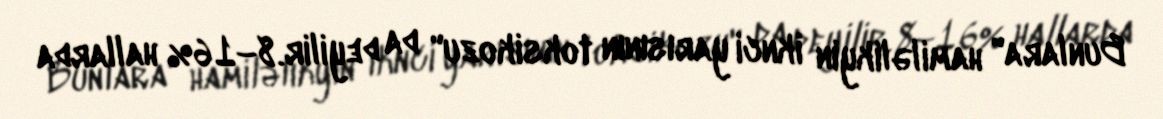
Bunlara" hamiləlikyin iknci yarısının toksikozu" da deyilir.8–16% hallarda